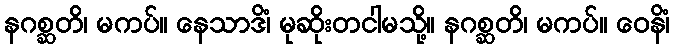
နဂစ္ဆတိ၊ မကပ်။ နေသာဒိံ၊ မုဆိုးတငါမသို့။ နဂစ္ဆတိ၊ မကပ်။ ဝေနိံ၊